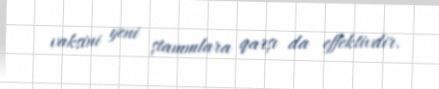
vaksini yeni ştammlara qarşı da effektivdir.